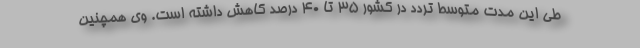
طی این مدت متوسط تردد در کشور ۳۵ تا ۴۰ درصد کاهش داشته است. وی همچنین